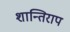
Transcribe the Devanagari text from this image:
शान्तिराप